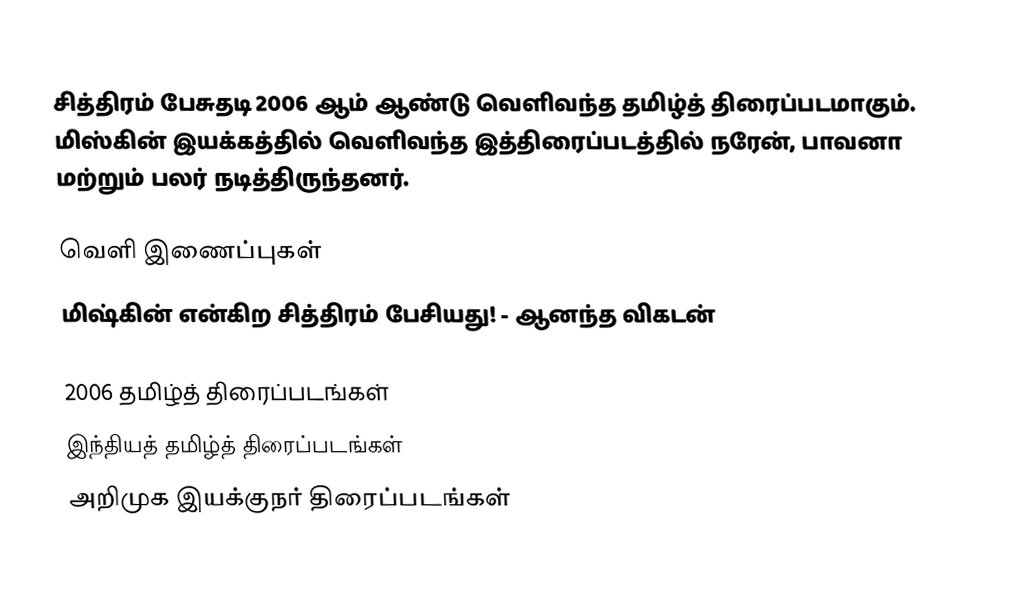
சித்திரம் பேசுதடி 2006 ஆம் ஆண்டு வெளிவந்த தமிழ்த் திரைப்படமாகும். மிஸ்கின் இயக்கத்தில் வெளிவந்த இத்திரைப்படத்தில் நரேன், பாவனா மற்றும் பலர் நடித்திருந்தனர்.

வெளி இணைப்புகள்
 மிஷ்கின் என்கிற சித்திரம் பேசியது! - ஆனந்த விகடன்

2006 தமிழ்த் திரைப்படங்கள்
இந்தியத் தமிழ்த் திரைப்படங்கள்
அறிமுக இயக்குநர் திரைப்படங்கள்